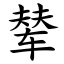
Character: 辇